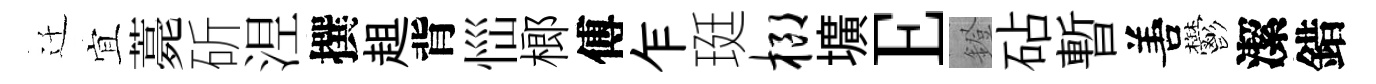
迁宜薧斫𣵀撰趄背𢙉榔傅乍珽榔壙E鐙砧暫𠵊鬱潔錯